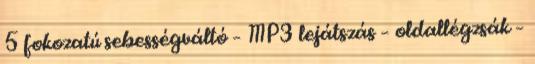
5 fokozatú sebességváltó – MP3 lejátszás – oldallégzsák –